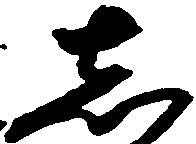
し